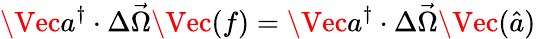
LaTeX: \Vec{a}^{\dagger}\cdot\Delta\vec{\Omega}{\Vec{(f)}}=\Vec{a}^{\dagger}\cdot\Delta\vec{\Omega}{\Vec{(\hat{a})}}